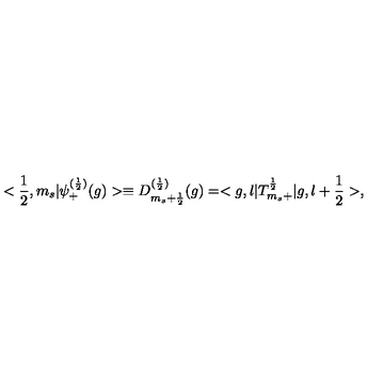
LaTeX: < \frac { 1 } { 2 } , m _ { s } | { \psi } _ { + } ^ { ( \frac { 1 } { 2 } ) } ( g ) > \equiv D _ { m _ { s } + \frac { 1 } { 2 } } ^ { ( \frac { 1 } { 2 } ) } ( g ) = < g , l | T _ { m _ { s } + } ^ { \frac { 1 } { 2 } } | g , l + \frac { 1 } { 2 } > ,